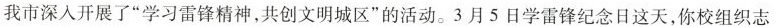
我市深入开展了”学习雷锋精神，共创文明城区”的活动。3月5日学雷锋纪念日这天，你校组织志